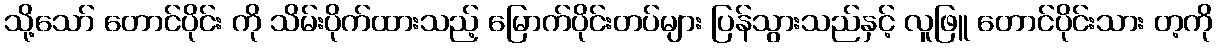
သို့သော် တောင်ပိုင်း ကို သိမ်းပိုက်ထားသည့် မြောက်ပိုင်းတပ်များ ပြန်သွားသည်နှင့် လူဖြူ တောင်ပိုင်းသား တ့ကို